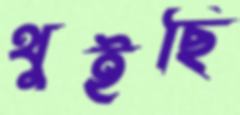
থুইছি